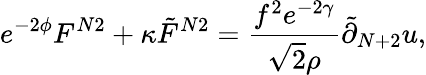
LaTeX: e^{-2\phi}F^{N2}+\kappa{\tilde{F}}^{N2}=\frac{f^{2}e^{-2\gamma}}{\sqrt{2}\rho}{\tilde{\partial}}_{N+2}u,